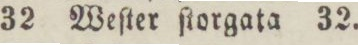
32 Weſter ſtorgata 32.